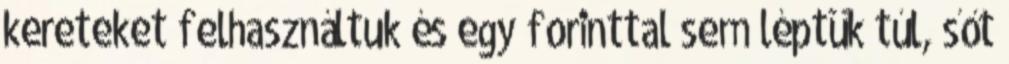
kereteket felhasználtuk és egy forinttal sem léptük túl, sőt